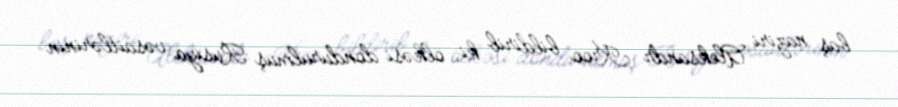
baş naziri Aleksandr Kroo bildirib ki, ölkəsi dondurulmuş Rusiya vəsaitlərinin